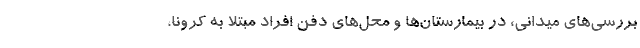
بررسی‌های میدانی، در بیمارستان‌ها و محل‌های دفن افراد مبتلا به کرونا،